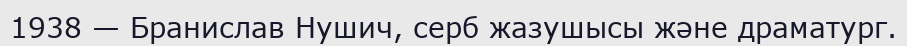
1938 — Бранислав Нушич, серб жазушысы және драматург.